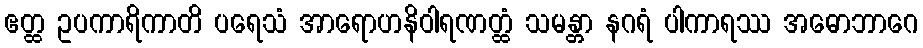
ဧတ္ထ ဥပကာရိကာတိ ပရေသံ အာရောဟနိဝါရဏတ္ထံ သမန္တာ နဂရံ ပါကာရဿ အဓောဘာဂေ